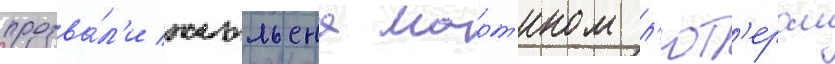
прозва́л'и жюльена март'ином л'ют'ером